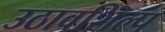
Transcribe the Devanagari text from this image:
उठावशिल्प